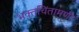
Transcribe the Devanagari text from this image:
भक्तचिंतामणी